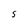
Character: s